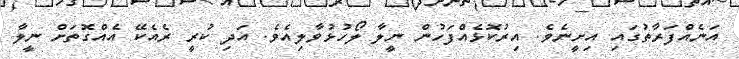
އަނެއްފަރާތުގައި އިށީނެވެ. އިރުކޮޅެއްފަހުން ނީލާ ލޯހުޅުވާލިއެވެ. އަދި ކުރީ ރެއެކޭ އެއްގޮތަށް ނީލާ